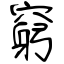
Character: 窮